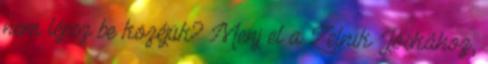
nem lépsz be közéjük? Menj el a Zelnik Jós­kához,